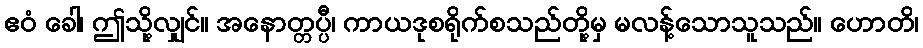
ဧဝံ ခေါ၊ ဤသို့လျှင်။ အနောတ္တပ္ပီ၊ ကာယဒုစရိုက်စသည်တို့မှ မလန့်သောသူသည်။ ဟောတိ၊